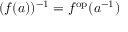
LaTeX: ( f ( a ) ) ^ { - 1 } = f ^ { \mathrm { o p } } ( a ^ { - 1 } )